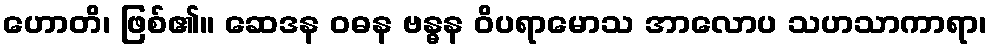
ဟောတိ၊ ဖြစ်၏။ ဆေဒန ဝဓန ဗန္ဓန ဝိပရာမောသ အာလောပ သဟသာကာရာ၊